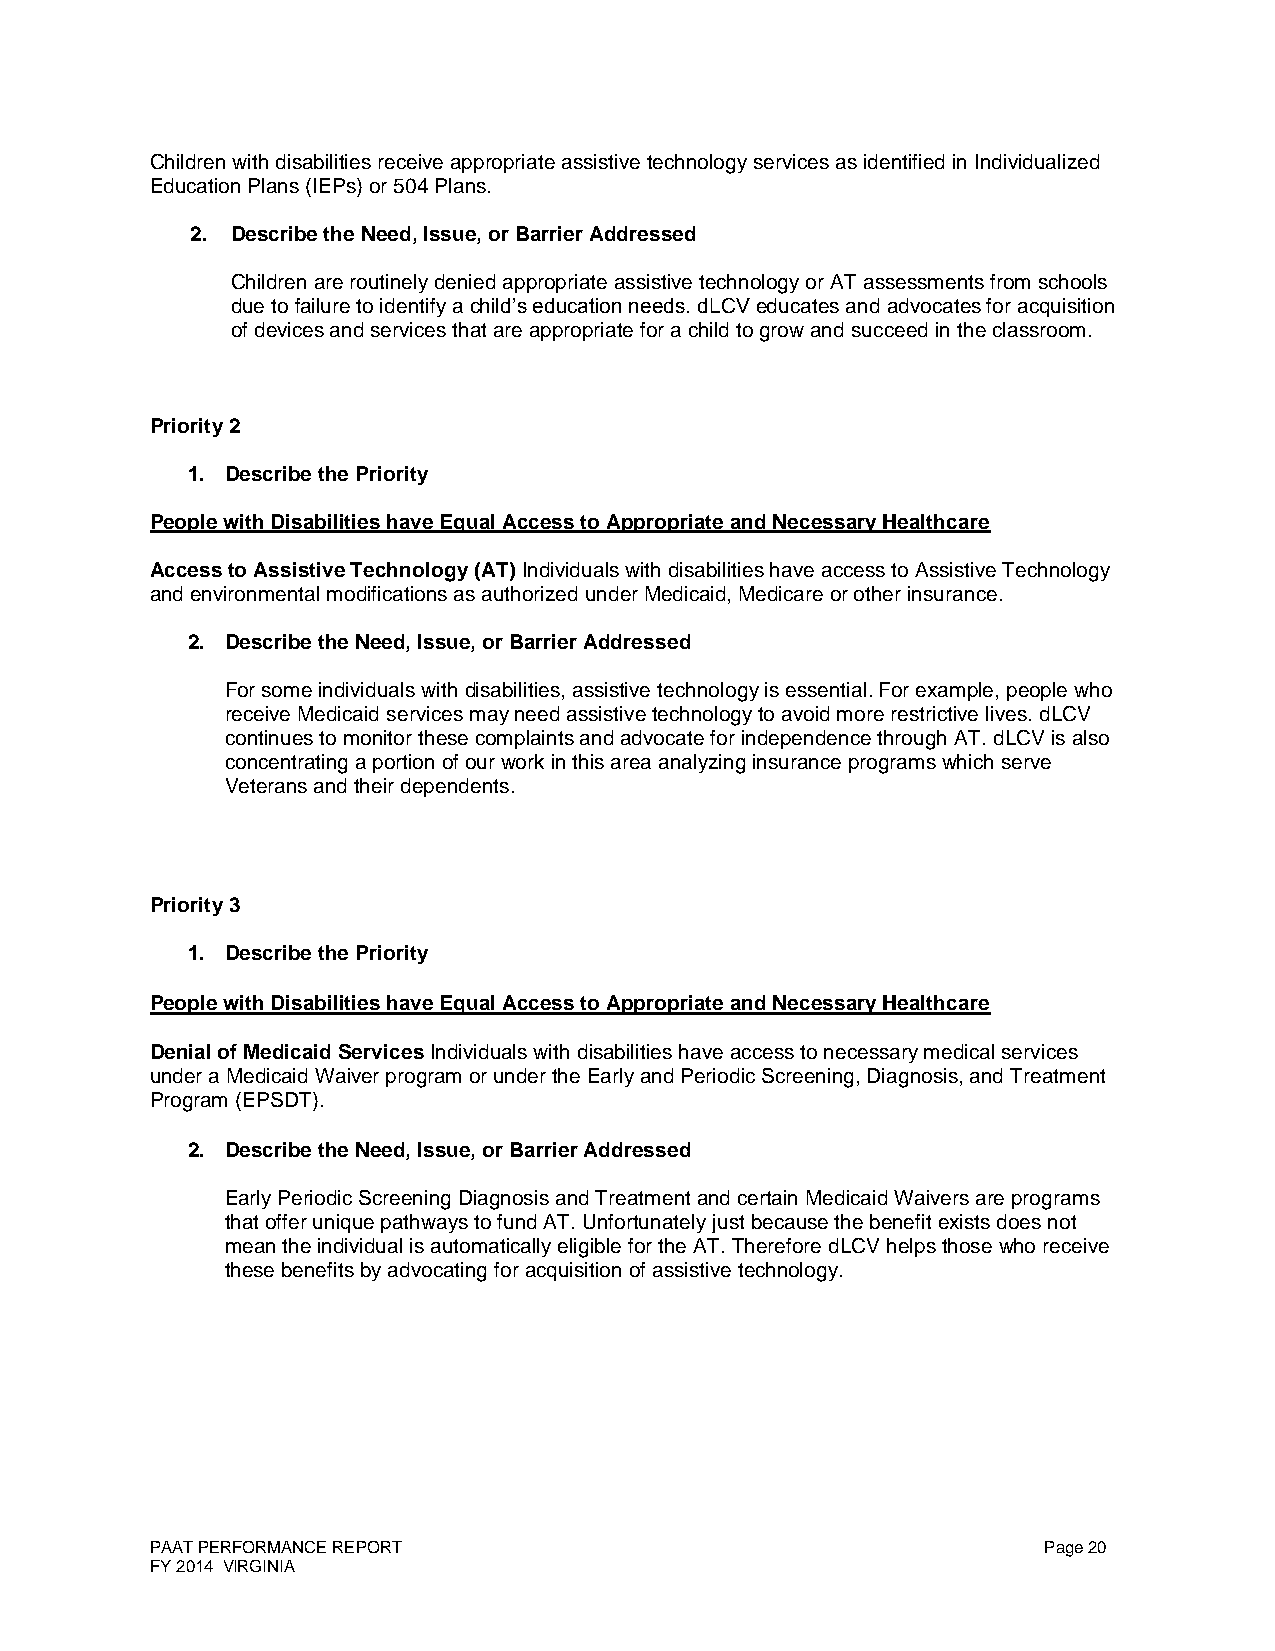
Children with disabilities receive appropriate assistive technology services as identified in Individualized
 Education Plans (IEPs) or 504 Plans.
 2. Describe the Need, Issue, or Barrier Addressed
 Children are routinely denied appropriate assistive technology or AT assessments from schools
 due to failure to identify a child’s education needs. dLCV educates and advocates for acquisition
 of devices and services that are appropriate for a child to grow and succeed in the classroom.
 Priority 2
 1. Describe the Priority
 People with Disabilities have Equal Access to Appropriate and Necessary Healthcare
 Access to Assistive Technology (AT) Individuals with disabilities have access to Assistive Technology
 and environmental modifications as authorized under Medicaid, Medicare or other insurance.
 2. Describe the Need, Issue, or Barrier Addressed
 For some individuals with disabilities, assistive technology is essential. For example, people who
 receive Medicaid services may need assistive technology to avoid more restrictive lives. dLCV
 continues to monitor these complaints and advocate for independence through AT. dLCV is also
 concentrating a portion of our work in this area analyzing insurance programs which serve
 Veterans and their dependents.
 Priority 3
 1. Describe the Priority
 People with Disabilities have Equal Access to Appropriate and Necessary Healthcare
 Denial of Medicaid Services Individuals with disabilities have access to necessary medical services
 under a Medicaid Waiver program or under the Early and Periodic Screening, Diagnosis, and Treatment
 Program (EPSDT).
 2. Describe the Need, Issue, or Barrier Addressed
 Early Periodic Screening Diagnosis and Treatment and certain Medicaid Waivers are programs
 that offer unique pathways to fund AT. Unfortunately just because the benefit exists does not
 mean the individual is automatically eligible for the AT. Therefore dLCV helps those who receive
 these benefits by advocating for acquisition of assistive technology.
 PAAT PERFORMANCE REPORT                                    Page 20
 FY 2014 VIRGINIA